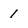
Character: 1